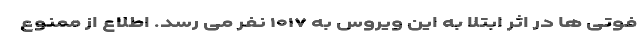
فوتی ها در اثر ابتلا به این ویروس به ۱۰۱۷ نفر می رسد. اطلاع از ممنوع